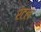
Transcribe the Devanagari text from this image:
रेटल